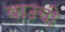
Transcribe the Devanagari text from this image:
बाउची